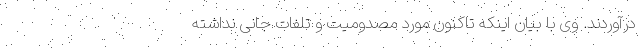
درآوردند. وی با بیان اینکه تاکنون مورد مصدومیت و تلفات جانی نداشته